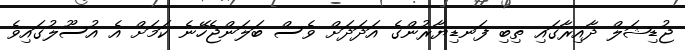
ޖުޑިޝަލް ދާއިރާގައި ތިބި ފަނޑިޔާރުންގެ އަދަދަށް ވެސް ބަލަންޖެހޭނެ ކަމަށް އެ އުސޫލުގައިވެ